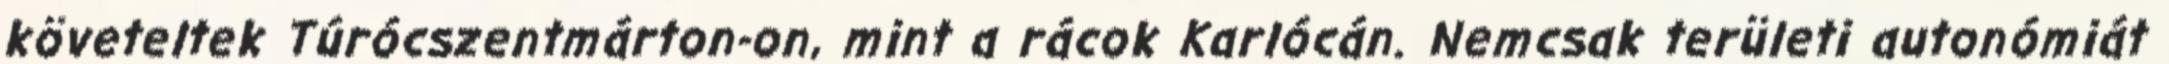
követeltek Túrócszentmárton-on, mint a rácok Karlócán. Nemcsak területi autonómiát